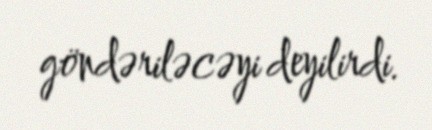
göndəriləcəyi deyilirdi.